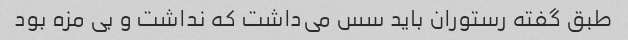
طبق گفته رستوران باید سس می‌داشت که نداشت و بی مزه بود